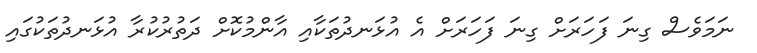
ނަމަވެސް ގިނަ ފަހަރަށް ގިނަ ފަހަރަށް އެ އުޅަނދުތަކާއި އާންމުކޮށް ދަތުރުކުރާ އުޅަނދުތަކުގައި